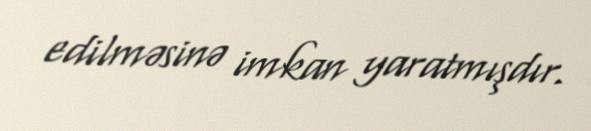
edilməsinə imkan yaratmışdır.